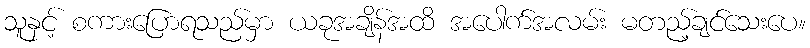
သူနှင့် စကားပြောရသည်မှာ ယခုအချိန်အထိ အပေါက်အလမ်း မတည့်ချင်သေးပေ။